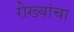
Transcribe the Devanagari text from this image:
रोख्यांचा